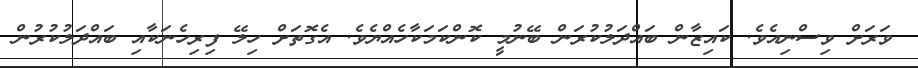
ވަރަށް ވިސްނިއެވެ. ކައިޒާން ބައްދަލުކުރަން ބޭނުމީ ކޮންކަމަކާހެއްޔެވެ. އެގޮތަށް ހިލޭ ފިރިހެނަކާއި ބައްދަލުކުރުން